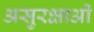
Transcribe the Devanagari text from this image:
असुरक्षाओं